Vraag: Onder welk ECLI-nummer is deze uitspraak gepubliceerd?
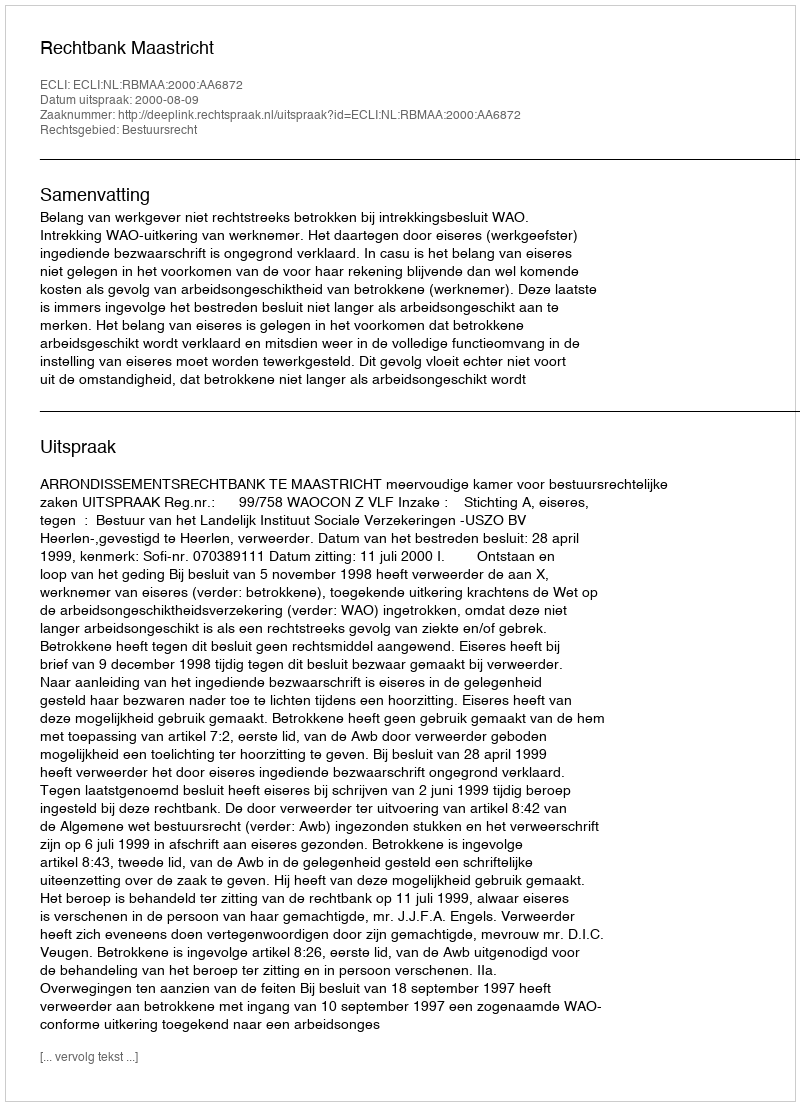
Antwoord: ECLI:NL:RBMAA:2000:AA6872